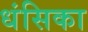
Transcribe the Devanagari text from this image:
धंसिका